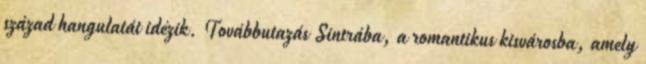
század hangulatát idézik. Továbbutazás Sintrába, a romantikus kisvárosba, amely